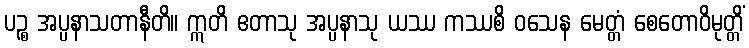
ပဉ္စ အပ္ပနာသတာနီတိ။ ဣတိ ဧတာသု အပ္ပနာသု ယဿ ကဿစိ ဝသေန မေတ္တံ စေတောဝိမုတ္တိံ